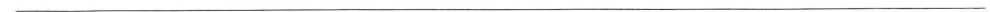
___